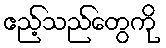
ဧည့်သည်တွေကို